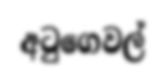
අටුගෙවල්